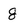
Character: 8